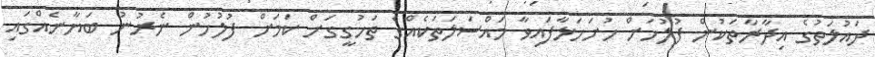
ދައުލަތުގެ އިދާރާތަކުން ފުލުހަށް ހުށަހަޅާފައިވާ މައްސަލަތަކެއްގެ ތަހުގީގަށް ކަމަށް ފުލުހުން ނެރުނު ބަޔާނެއްގައި